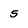
Character: s